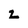
Character: z